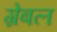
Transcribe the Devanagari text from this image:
ग्रेबल